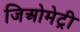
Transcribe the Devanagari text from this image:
जिअोमेट्री